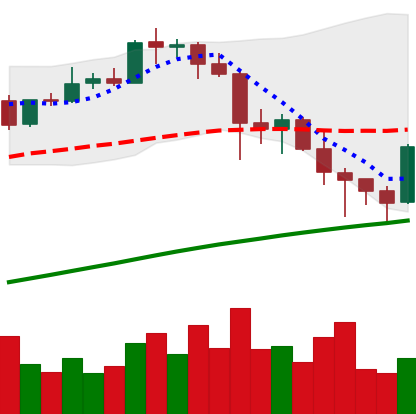
Ticker: BTC-USD
Chart end date: 2021-04-26
Forward return: 7.046%
Label: up_7plus